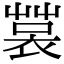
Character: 𧛬